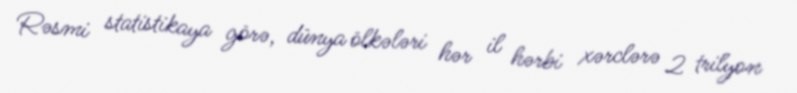
Rəsmi statistikaya görə, dünya ölkələri hər il hərbi xərclərə 2 trilyon